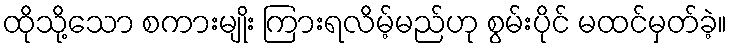
ထိုသို့သော စကားမျိုး ကြားရလိမ့်မည်ဟု စွမ်းပိုင် မထင်မှတ်ခဲ့။